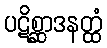
ပဋိစ္ဆာဒနတ္ထံ